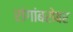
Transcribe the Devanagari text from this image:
रांगांबरोबर